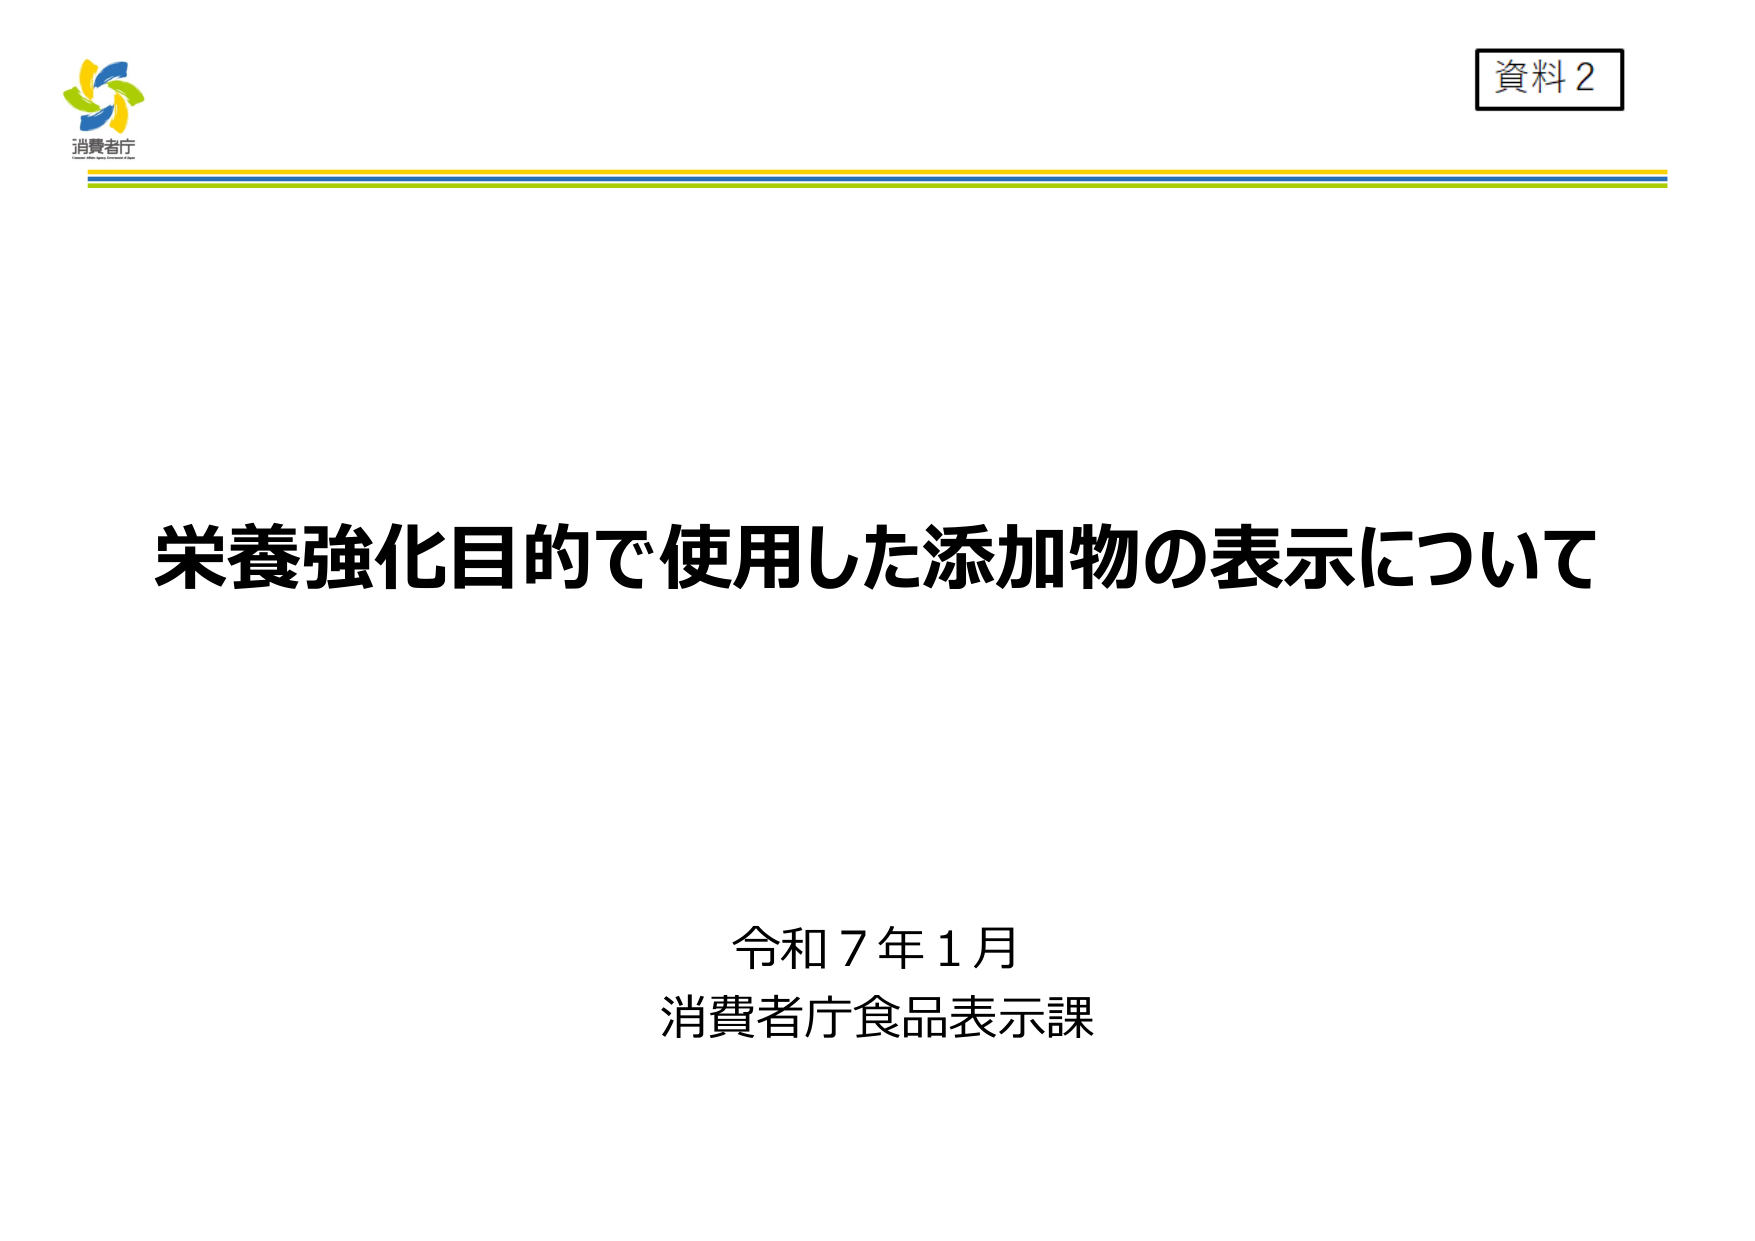
資料2
消費者庁
栄養強化目的で使用した添加物の表示について
令和7年1月
消費者庁食品表示課